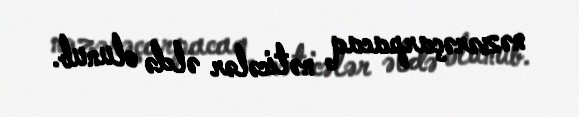
nəzərəçarpacaq nəticələr əldə olunub.